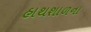
હાથશાળના